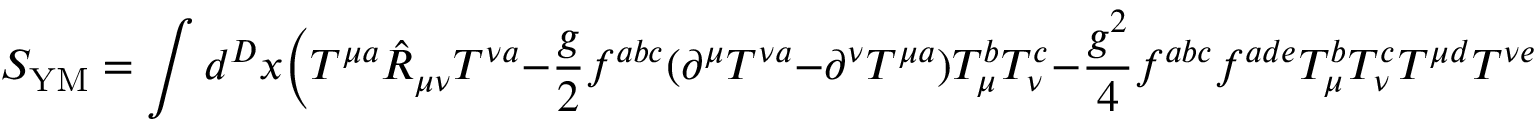
S _ { \mathrm { Y M } } = \int d ^ { D } x \bigg ( T ^ { \mu a } \hat { R } _ { \mu \nu } T ^ { \nu a } - \frac { g } { 2 } f ^ { a b c } ( \partial ^ { \mu } T ^ { \nu a } - \partial ^ { \nu } T ^ { \mu a } ) T _ { \mu } ^ { b } T _ { \nu } ^ { c } - \frac { g ^ { 2 } } { 4 } f ^ { a b c } f ^ { a d e } T _ { \mu } ^ { b } T _ { \nu } ^ { c } T ^ { \mu d } T ^ { \nu e } \bigg ) \, ,